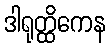
ဒါရုတ္ထိကေန